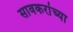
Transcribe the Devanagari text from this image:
सावकरांच्या